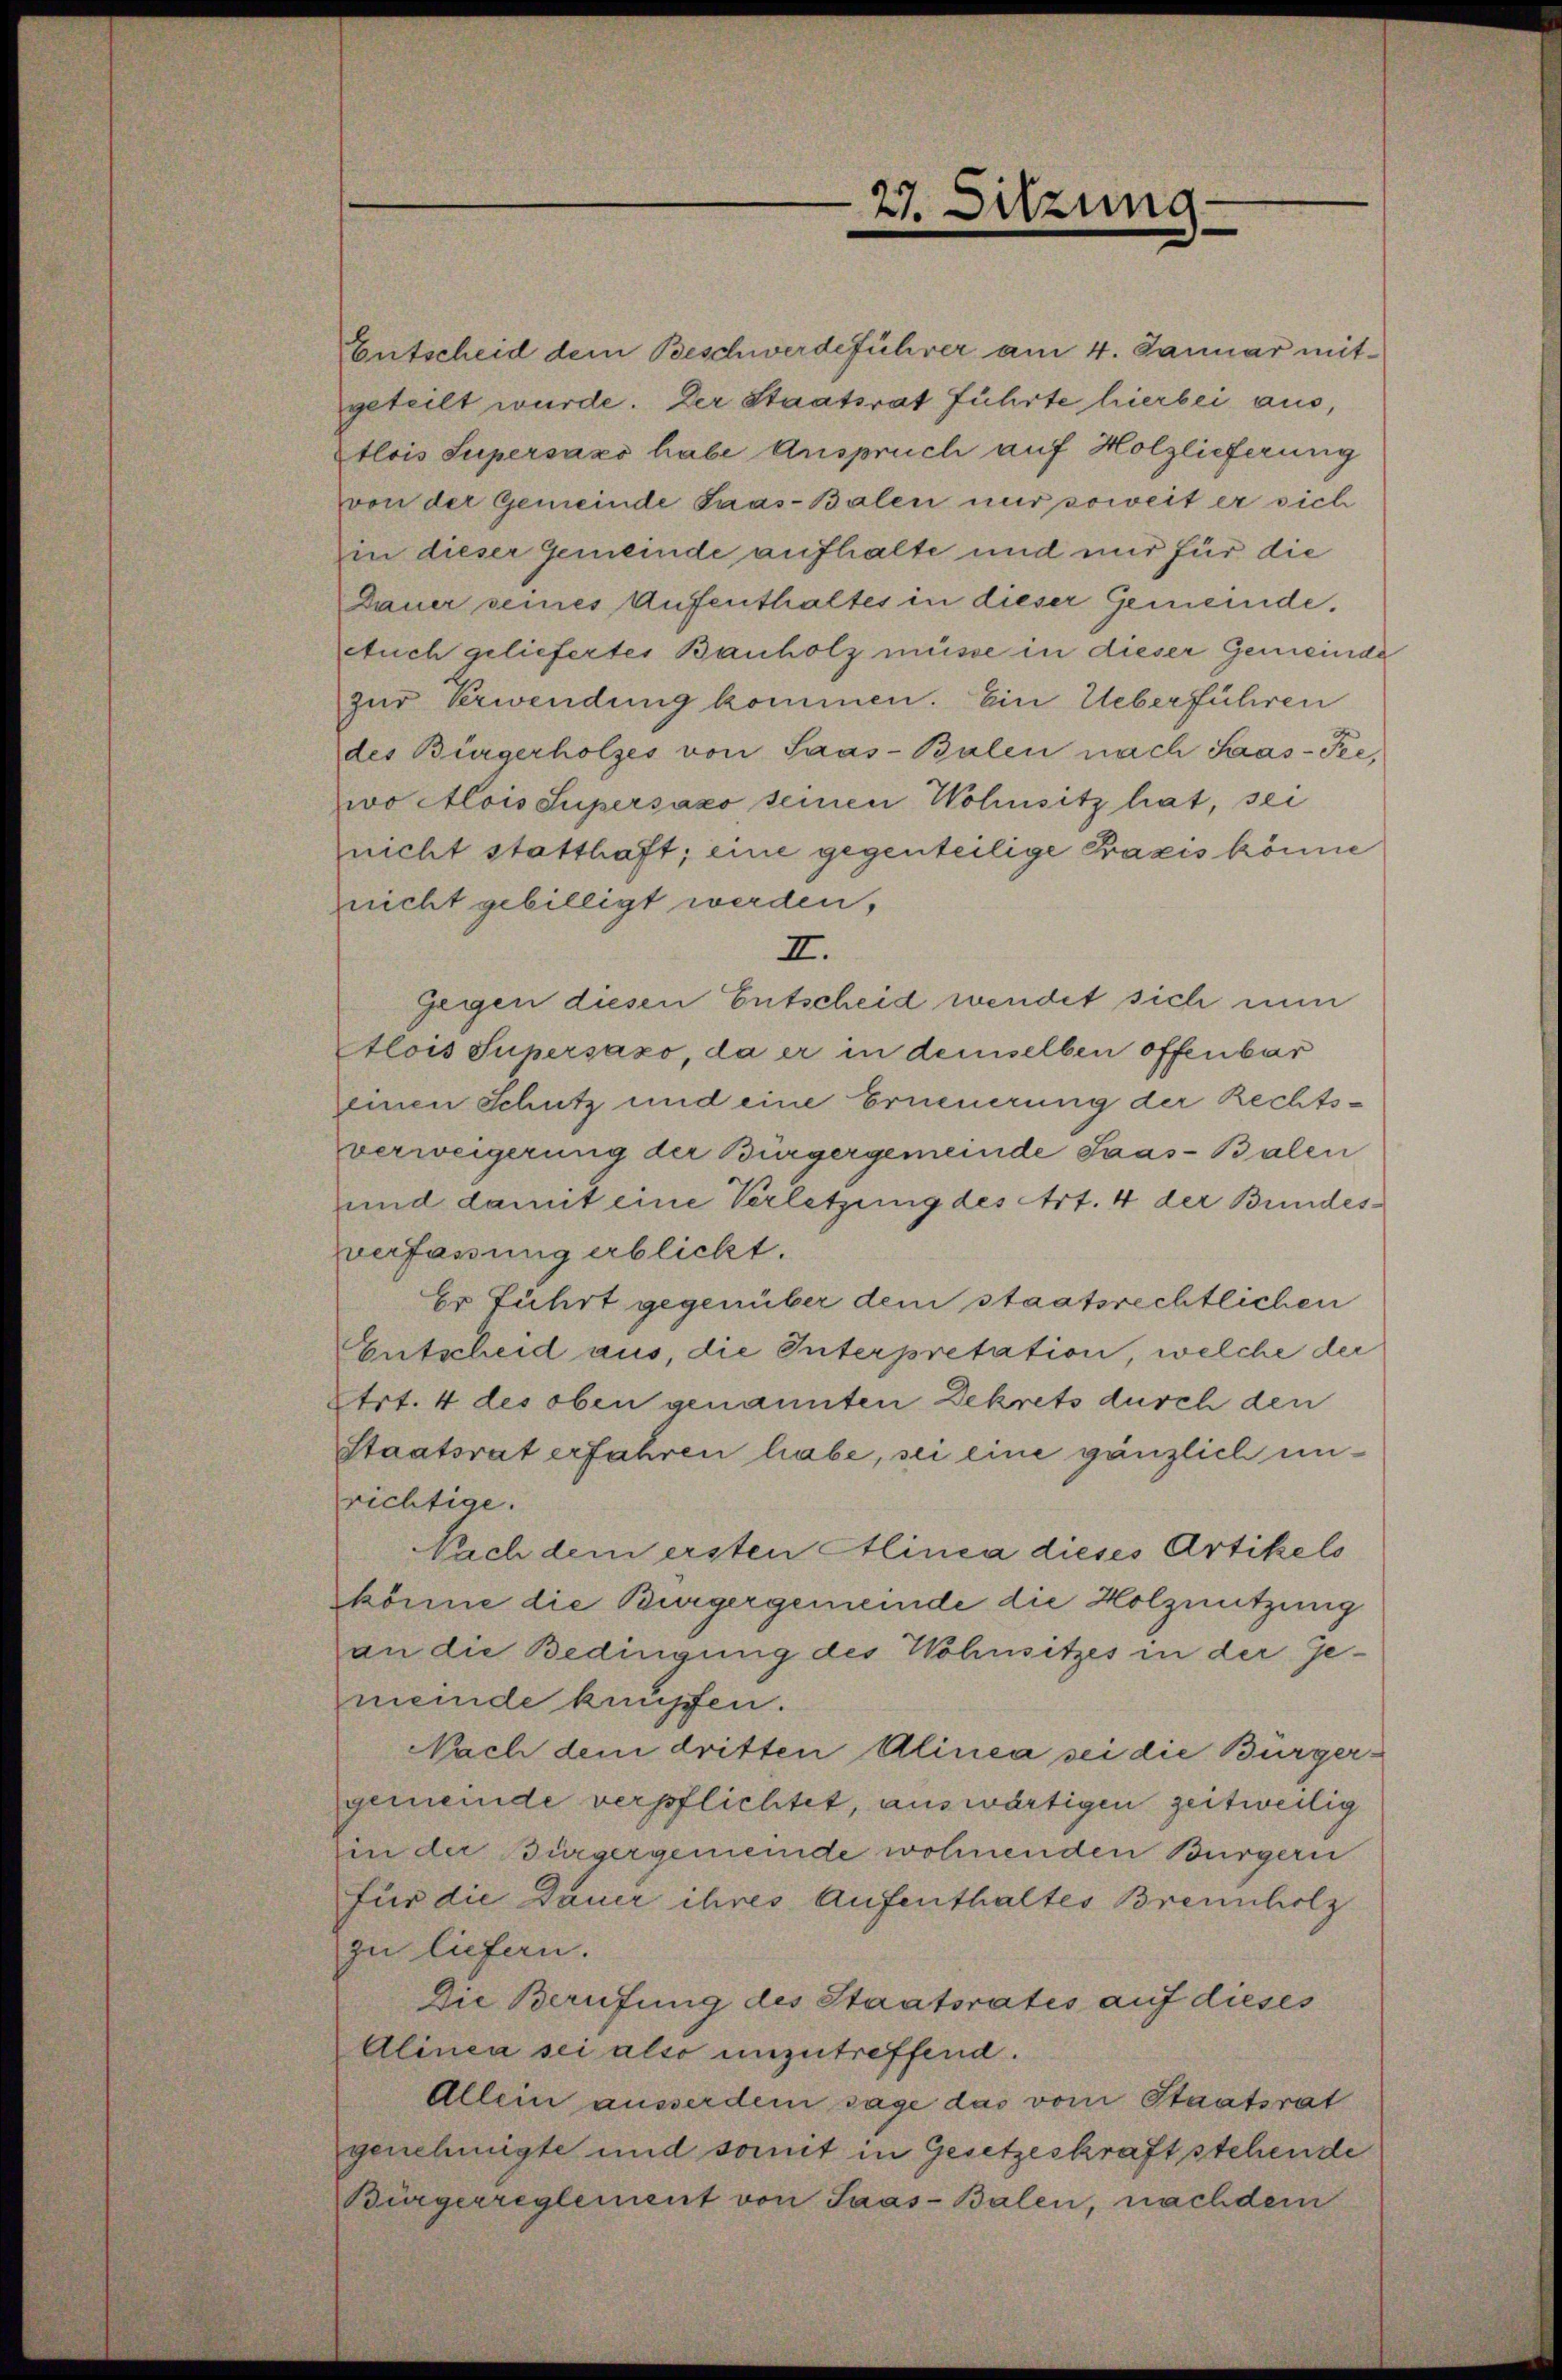
Entscheid dem Beschwerdeführer am 4. Januar mitgeteilt wurde. Der Staatsrat führte hierbei aus,
tlois Supersázo habe Anspruch auf Holzlieferung
von der Gemeinde Saas-Balen nur soweit er sich
zi dieser Gemeinde aufhalte und mir für die
Dauer seines Aufenthaltes in dieser Gemeinde,
Auch geliefertes Bauholz müsse in dieser Gemeinde
zur Verwendung kommen. Ein Ueberführen
des Bürgerholzes von Saas-Balen nach Saas-Fee,
wo Alois Supersázo seinen Wohnsitz hat, sei
nicht statthaft; eine gegenteilige Praxis könne
znicht gebilligt werden,
II.
Gegen diesen Entscheid wendet sich nun
Alois Supersázo, da er in demselben offenbar
einen Schutz und eine Erneuerung der Rechtsverweigerung der Bürgergemeinde Saas-Balen
und damit eine Verletzung des Art. 4 der Bundesverfassung erblickt.
Er führt gegenüber dem staatsrechtlichen
Entscheid aus, die Interpretation, welche der
Etrt. 4 des oben genannten Dekrets durch den
Staatsrat erfahren habe, sei eine gänzlich unrichtige.
Nach dem ersten Alinea dieses Artikels
könne die Burgergemeinde die Holznutzung
an die Bedingung des Wohnsitzes in der Ge-
meinde kupfen.
Nach dem dritten Alinea sei die Bürgergemeinde verpflichtet, auswärtigen zeitweilig
in der Bürgergemeinde wohnenden Bürgern
für die Dauer ihres Aufenthaltes Brennholz
zu liefern.
Die Berufung des Staatsrates auf dieses
Alinea sei also unzutreffend.
Allein ausserdem sage das vom Staatsrat
genehmigte und somit in Gesetzeskraft stehende
Bürgerreglement von Saas-Balen, nachdem

27. Sitzung